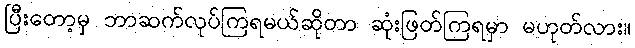
ပြီးတော့မှ ဘာဆက်လုပ်ကြရမယ်ဆိုတာ ဆုံးဖြတ်ကြရမှာ မဟုတ်လား။